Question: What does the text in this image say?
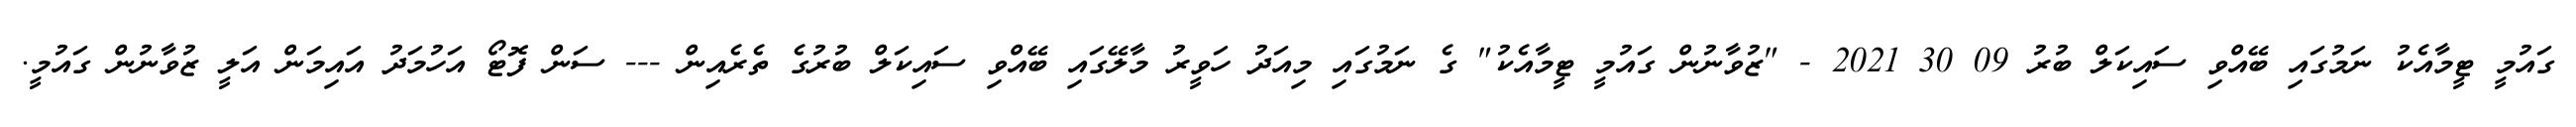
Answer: ގައުމީ ޓީމާއެކު ނަމުގައި ބޭއްވި ސައިކަލް ބުރު 09 30 2021 - "ޒުވާނުން ގައުމީ ޓީމާއެކު" ގެ ނަމުގައި މިއަދު ހަވީރު މާލޭގައި ބޭއްވި ސައިކަލް ބުރުގެ ތެރެއިން --- ސަން ފޮޓޯ އަހުމަދު އައިމަން އަލީ ޒުވާނުން ގައުމީ.